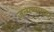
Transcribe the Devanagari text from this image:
जन्मण्याच्या